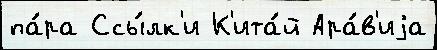
па́ра Ссы́лк'и К'ита́й Ара́в'иjа